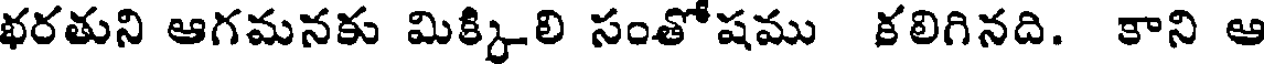
భరతుని ఆగమనకు మిక్కిలి సంతోషము కలిగినది. కాని ఆ